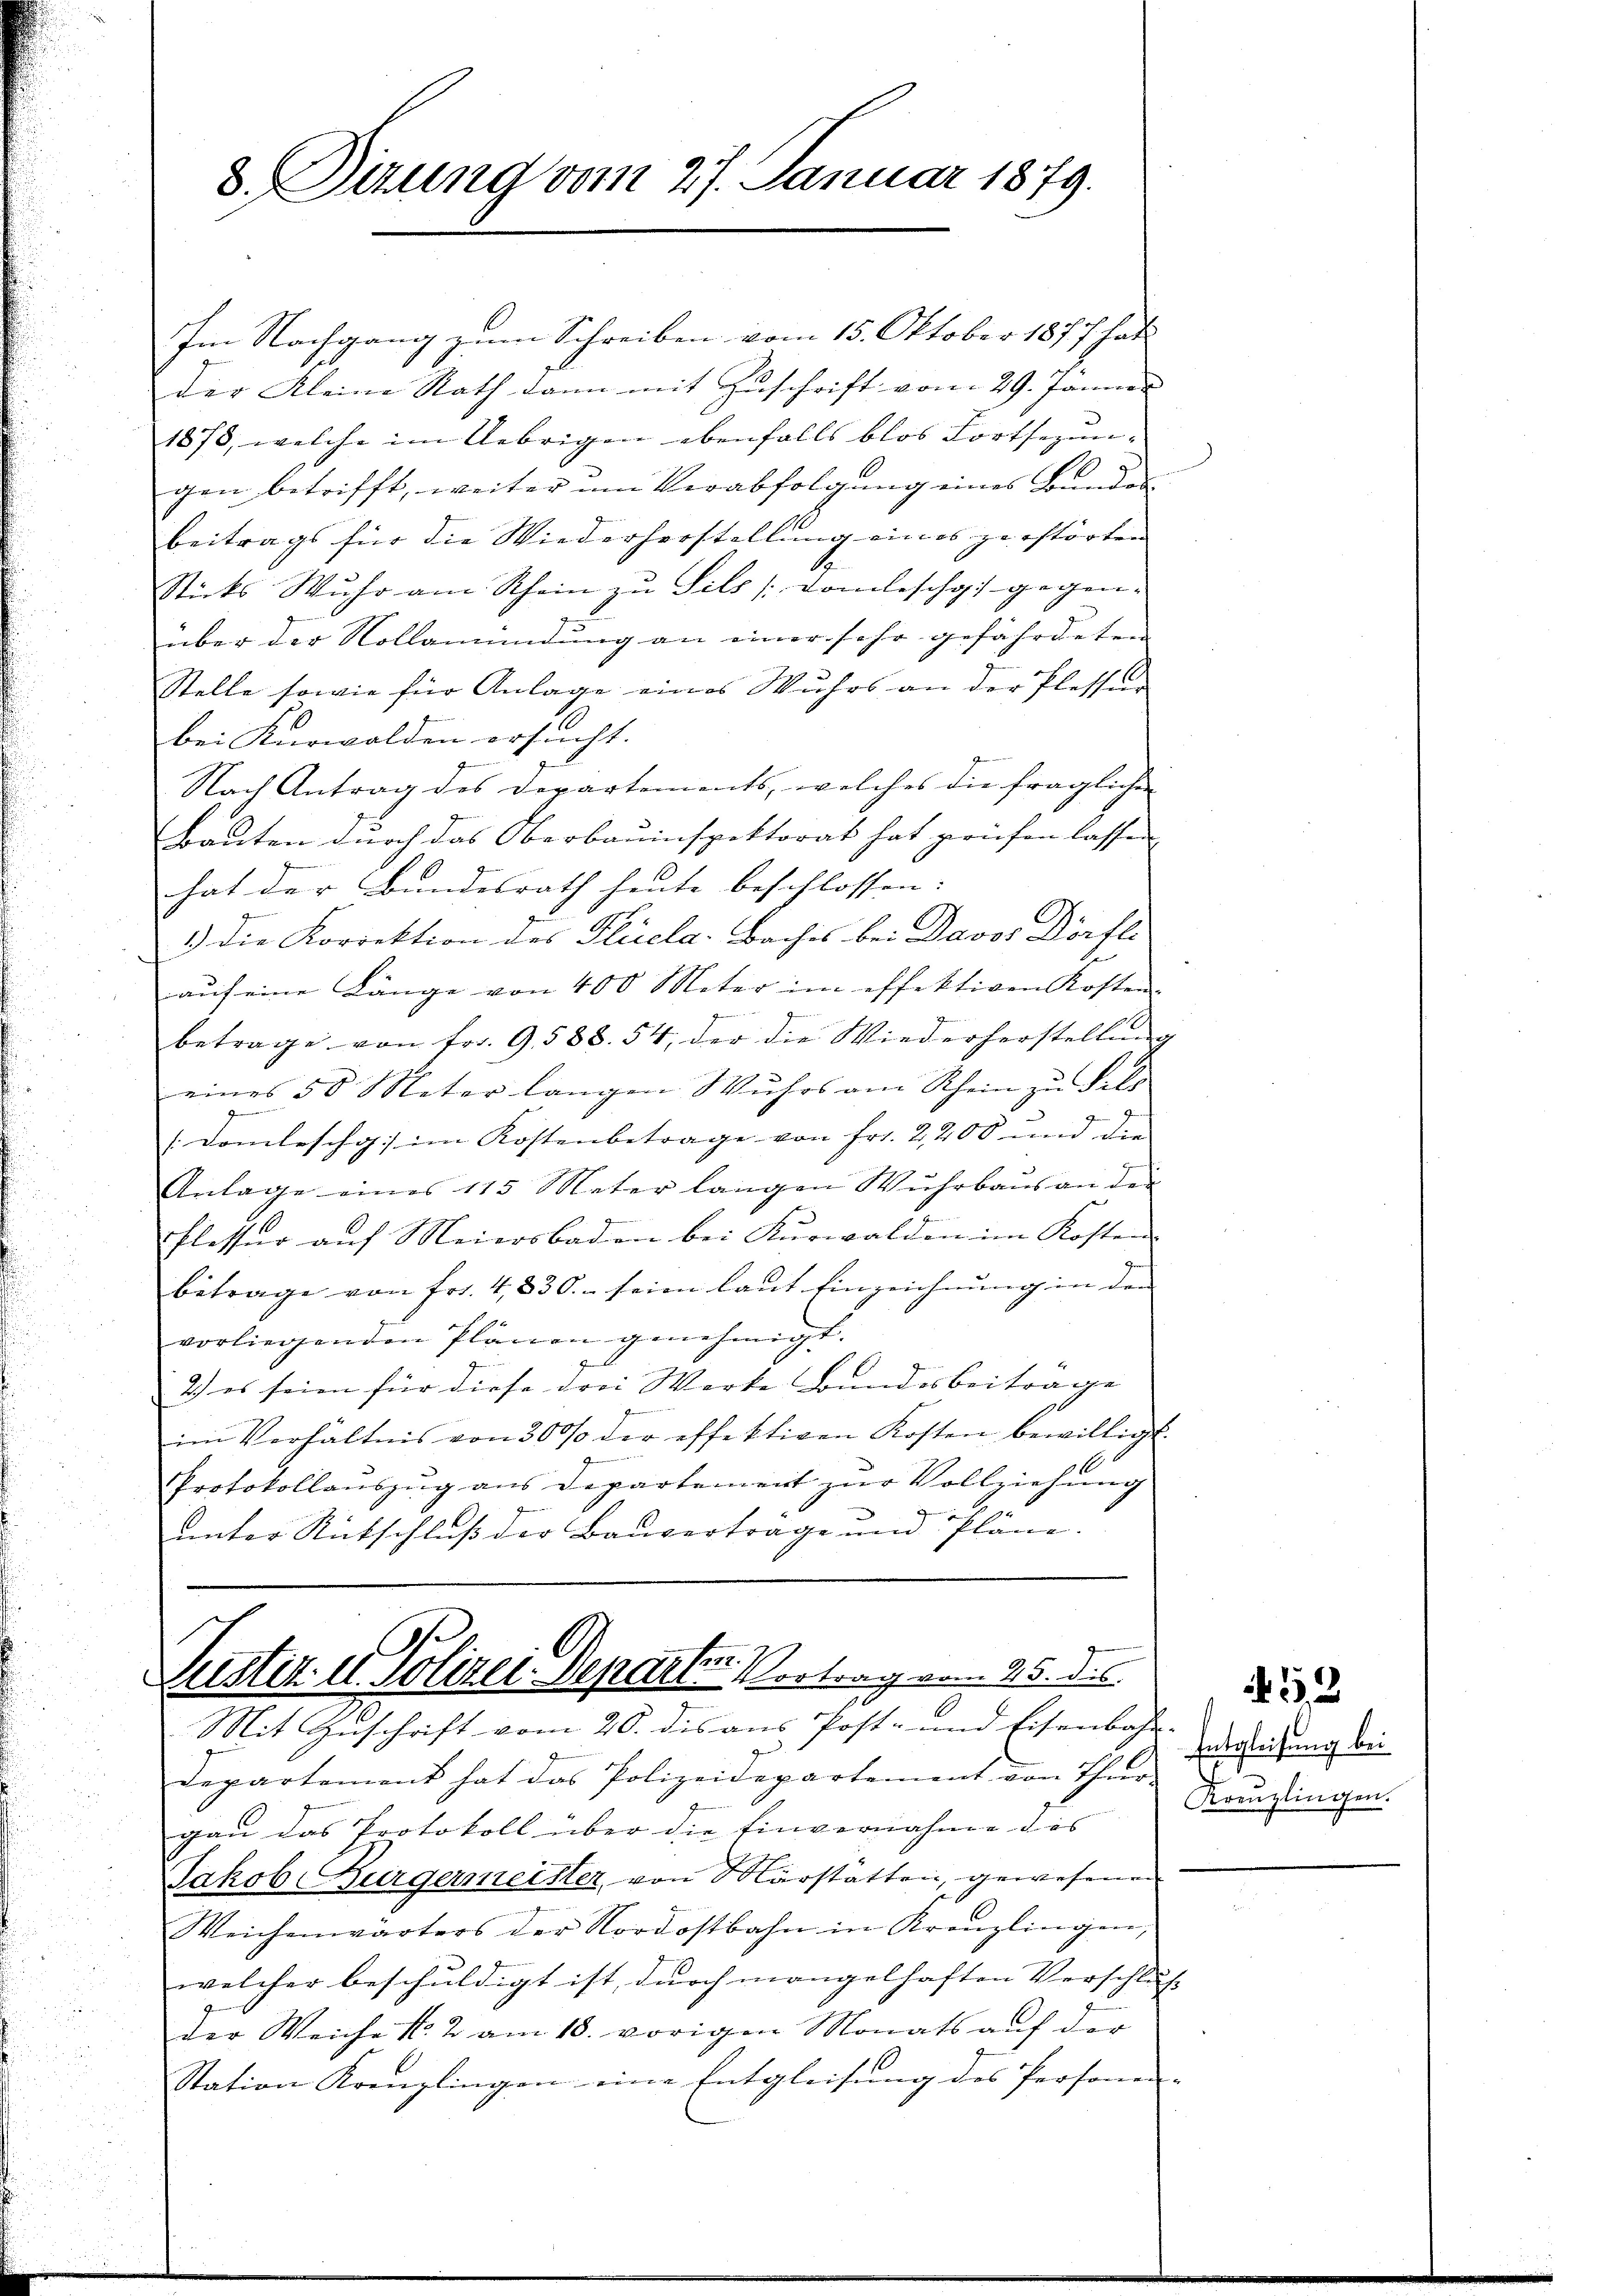
8. Pirung vom 27. Januar 1879.

Im Nachgang zum Schreiben vom 15. Oktober 1877 hat
der Kleine Rath dann mit Zuschrift vom 29. Jänner
1878, welche im Uebrigen ebenfalls blos Fortsezungen betrifft, weiter um Verabfolgŭng eines Bŭnden
beitrags für die Wiederherstellung eines zerstörten
Sticks Wuhr am Rhein zu Sils [vomleschg gegenüber der Vollamündung an einer sehr gefährdeten
Stelle sowie für Anlage eines Wuhrs an der Plesser
bei Kürwalden ersucht.
Ge
Nach Antrag des Departements, welches die fraglichen
Bauten durch das Oberbauinspektorat hat prüfen lassen
hat der Bundesrath heute beschlossen. |
1.) Die Korrektion des Plücla-Baches bei Davos Dörfl.
auf eine Länge von 400 Meter im effektiven Kosten-
betrage von Fr. 9. 588. 54, der die Wiederherstellung
eines 50 Meter langen Wuhrs am Rhein zŭ Fels
Domleschg im Kostenbetrage von Fr. 2,200 und die
Anlage eines 115 Mater langen Wuhrbaus an der
Flesser auf Meiersbaden bei Kurwalden im Kosten
betrage von Fr. 4830. seien laut Einzeichnung in den
vorliegenden Plänen genehmigt.
2) es seien für diese drei Werke Bandesbeitrage
im Verhältnis von 300% der effektiven Kosten bewilligt.
Protokollanszug aus Departement zŭr Vollziehung
unter Rutschluß der Bauvertrage und Pläne.

C
Justiz u. Polizei Departer Vortrag vom 25. des
Mit Geschrift vom 20. dis aus Post- und Eisenbahn-

Entgleitung bei
Kreuzlingen.

Departement hat das Polizeidepartement von Thur-
gan das Protokoll über die Einvernahme des
Jakob Bürgermeister, von Märstatten, gewesenen
Weichenwärters der Nordostbahn in Kreuzlingen,
welcher beschuldigt ist, durch mangelhaften Verschlus
der Weiche No. 2 am 18. vorigen Monats auf der
Station Kreuzlingen eine Entgleisung des Personen-

3